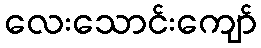
လေးသောင်းကျော်